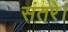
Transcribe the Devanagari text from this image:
संतरे।